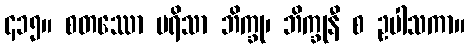
၄၁၅။ စတဿော ပရိသာ ဘိက္ခု၊ ဘိက္ခုနီ စ ဥပါသကာ။